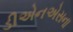
ડીએનએસના